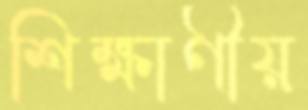
শিক্ষাণীয়